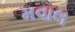
મવાલ